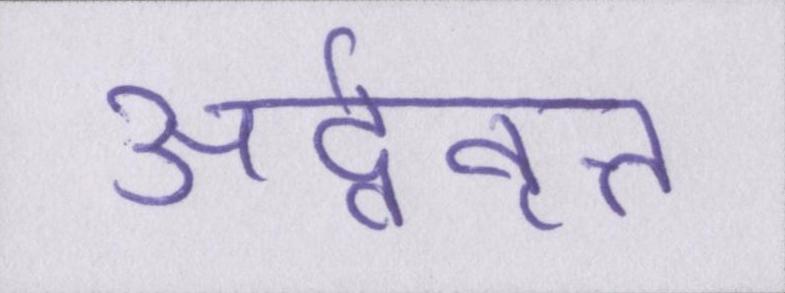
अर्द्ववृत्त